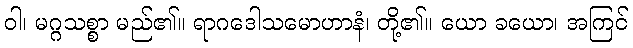
ဝါ၊ မဂ္ဂသစ္စာ မည်၏။ ရာဂဒေါသမောဟာနံ၊ တို့၏။ ယော ခယော၊ အကြင်